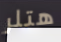
هتلر